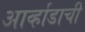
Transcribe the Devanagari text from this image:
आर्व्हाडाची